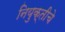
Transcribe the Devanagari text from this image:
नियुक्तीचे